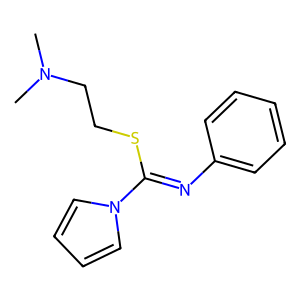
SMILES: CN(C)CCSC(=Nc1ccccc1)n1cccc1
Inhibits HIV replication: No